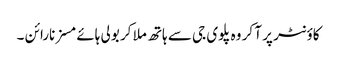
کاؤنٹر پر آ کر وہ پلوی جی سے ہاتھ ملا کر بولی ہائے مسز نارائن ۔